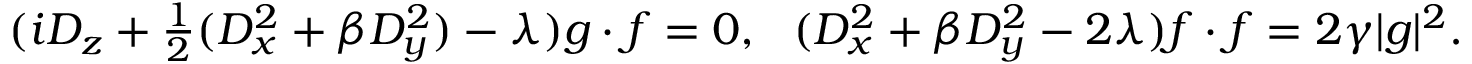
\begin{array} { r } { ( i D _ { z } + \frac { 1 } { 2 } ( D _ { x } ^ { 2 } + \beta D _ { y } ^ { 2 } ) - \lambda ) g \cdot f = 0 , ~ ~ ( D _ { x } ^ { 2 } + \beta D _ { y } ^ { 2 } - 2 \lambda ) f \cdot f = 2 \gamma \lvert g \rvert ^ { 2 } . } \end{array}